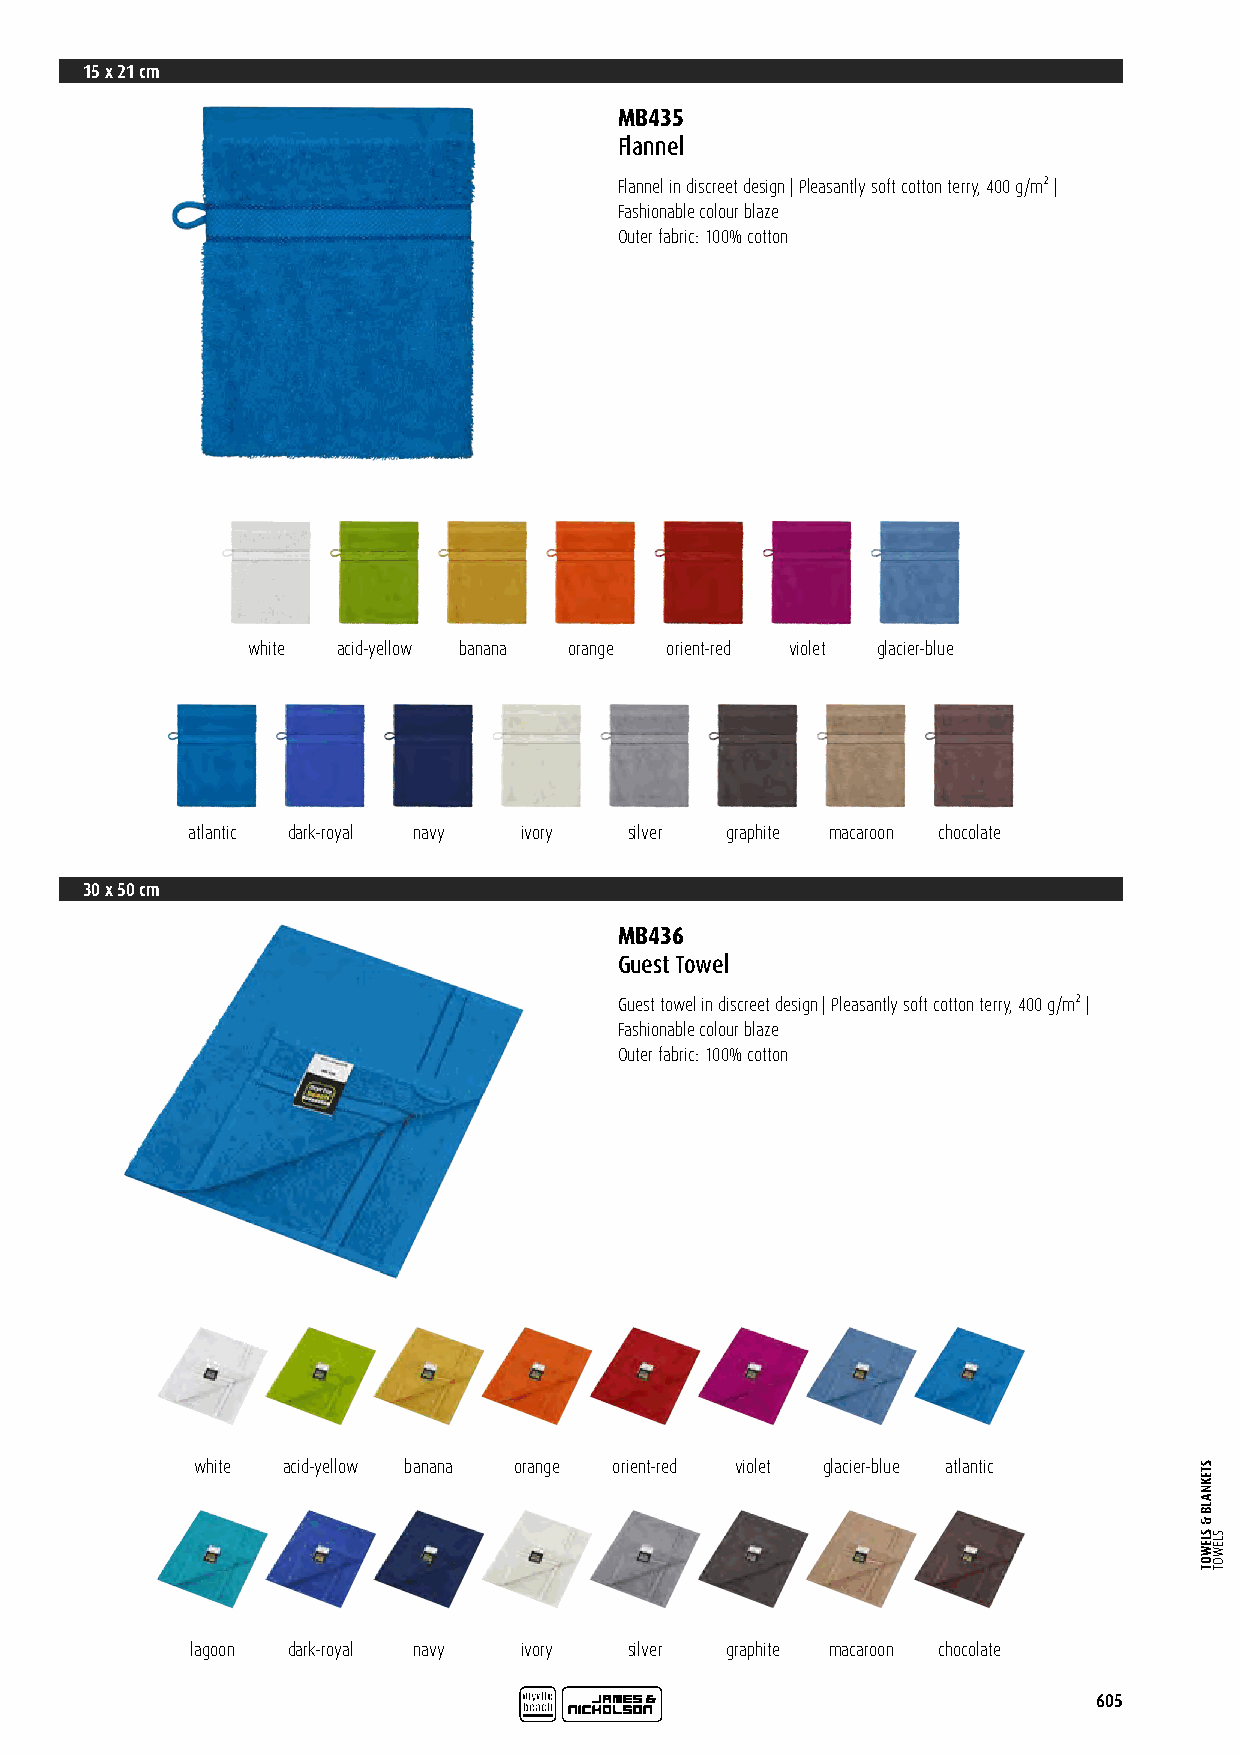
15 x 21 cm
 MB435
 Flannel
 Flannel in discreet design | Pleasantly soft cotton terry, 400 g/m² |
 Fashionable colour blaze
 Outer fabric: 100% cotton
 white acid-yellow banana orange orient-red violet glacier-blue
 atlantic dark-royal navy ivory silver graphite macaroon chocolate
 30 x 50 cm
 MB436
 Guest Towel
 Guest towel in discreet design | Pleasantly soft cotton terry, 400 g/m² |
 Fashionable colour blaze
 Outer fabric: 100% cotton
 white acid-yellow banana orange orient-red violet glacier-blue atlantic
 lagoon dark-royal navy ivory silver graphite macaroon chocolate
 605
 STEKNALB
 &
 SLEWOT SLEWOT